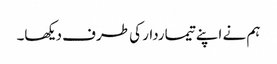
ہم نے اپنے تیماردار کی طرف دیکھا۔